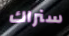
سنراك